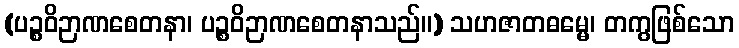
(ပဉ္စဝိဉာဏစေတနာ၊ ပဉ္စဝိဉာဏစေတနာသည်။) သဟဇာတဓမ္မေ၊ တကွဖြစ်သော